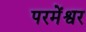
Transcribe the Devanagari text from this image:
परमेंश्वर